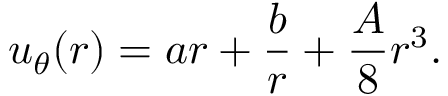
u _ { \theta } ( r ) = a r + \frac { b } { r } + \frac { A } { 8 } r ^ { 3 } .